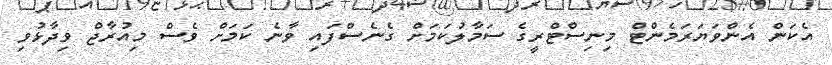
އެކަން އެންވަޔަރަމެންޓް މިނިސްޓްރީގެ ސަމާލުކަމަށް ގެނެސްފައި ވާނެ ކަމަށް ވެސް މިއުރާޖް ވިދާޅުވި